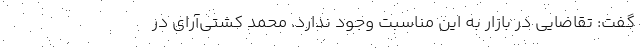
گفت: تقاضایی در بازار به این مناسبت وجود ندارد. محمد کشتی‌آرای در